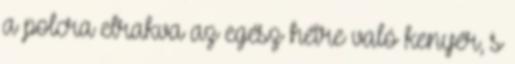
a polcra elrakva az egész hétre való kenyér, s